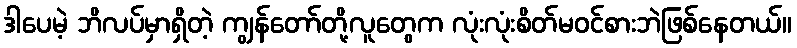
ဒါပေမဲ့ ဘိလပ်မှာရှိတဲ့ ကျွန်တော်တို့လူတွေက လုံးလုံးစိတ်မဝင်စားဘဲဖြစ်နေတယ်။